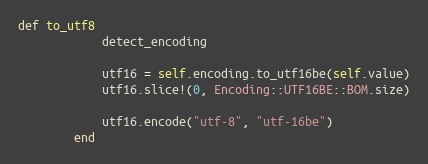
Language: Ruby
def to_utf8
            detect_encoding

            utf16 = self.encoding.to_utf16be(self.value)
            utf16.slice!(0, Encoding::UTF16BE::BOM.size)

            utf16.encode("utf-8", "utf-16be")
        end